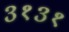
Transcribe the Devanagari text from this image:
३१३१